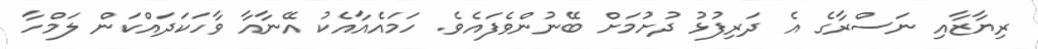
ރިޔާޒާއި ނަސްރާގެ އެ ދަރިފުޅު ދުށުމަށް ބޭނުންވެފައެވެ. ހަމައެއާއެކު އޭނާއާ ވާހަކަދައްކަން ލަމްހާ